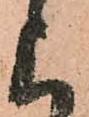
上